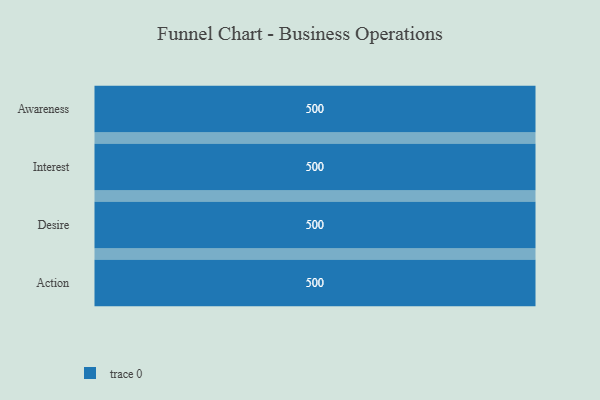
{"axis": {"x": "Stage", "y": "Value"}, "legend": [""], "data": [{"x": "Awareness", "y": 500, "type": ""}, {"x": "Interest", "y": 500, "type": ""}, {"x": "Desire", "y": 500, "type": ""}, {"x": "Action", "y": 500, "type": ""}]}